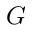
G